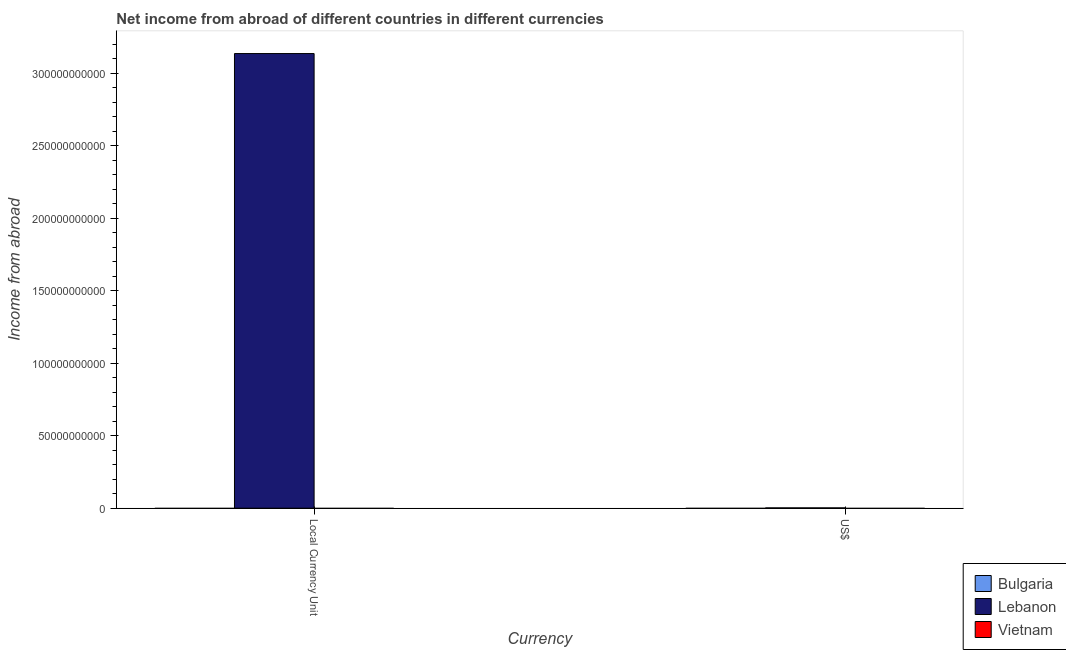
| Currency | Bulgaria | Lebanon | Vietnam |
 | --- | --- | --- | --- |
 | Local Currency Unit | -3.39e+08 | 3.14e+11 | -5.33e+12 |
 | US$ | -1.85e+08 | 2.08e+08 | -3.82e+08 |